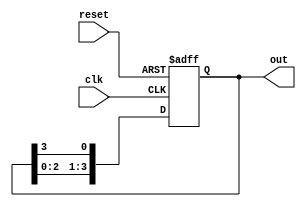
module ring_counter (
    input wire clk,         // Clock signal
    input wire reset,       // Asynchronous reset signal
    output reg [3:0] out    // 4-bit output of the ring counter
);

    // Initial state of the ring counter
    initial begin
        out = 4'b0001; // Start with the leftmost flip-flop set to high
    end

    // Sequential logic block: triggered on rising edge of the clock
    always @(posedge clk or posedge reset) begin
        if (reset) begin
            out <= 4'b0001; // Reset the ring counter to its initial state
        end else begin
            // Shift the '1' to the right, wrapping around
            out <= {out[2:0], out[3]}; // Shift right; last bit cycles to first
        end
    end

endmodule